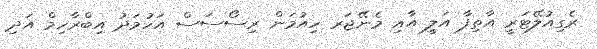
ރެގިއުލޭޓަރީ އާތިފާ އަލީ އާއި މެނޭޖަރ ހިއުމަން ރިސޯސަސް އަހުމަދު އިބްރާހިމް އަދި